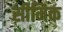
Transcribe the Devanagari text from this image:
सीमिक